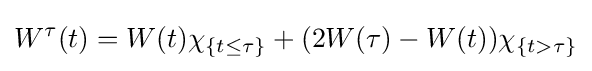
W^{\tau }(t)=W(t)\chi _{\left\{t\leq \tau \right\}}+(2W(\tau )-W(t))\chi _{\left\{t>\tau \right\}}